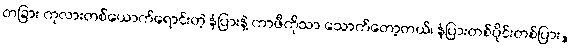
တခြား ကုလားတစ်ယောက်ရောင်းတဲ့ နံပြားနဲ့ ကာဖီကိုသာ သောက်တော့တယ်၊ နံပြားတစ်ပိုင်းတစ်ပြား,